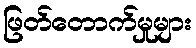
ဖြတ်တောက်မှုများ